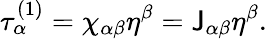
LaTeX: \tau_{\alpha}^{(1)}=\chi_{\alpha\beta}\eta^{\beta}=\mathsf{J}_{\alpha\beta}\eta^{\beta}.